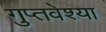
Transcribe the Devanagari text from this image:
गुप्तवेश्या